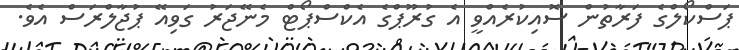
ޕަސްކޯލްގެ ފަރާތުން ސޮއިކުރެއްވީ އެ ގުރޫޕްގެ އެކްސްޕޯޓް މެނޭޖަރު ގަވިއޭ ޕުޖާލްރަސް އެވެ.